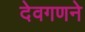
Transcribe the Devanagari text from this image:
देवगणने